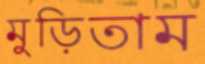
মুড়িতাম